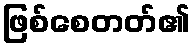
ဖြစ်စေတတ်၏